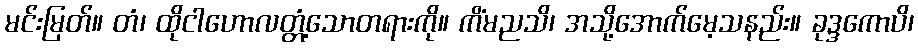
မင်းမြတ်။ တံ၊ ထိုငါဟောလတ္တံ့သောတရားကို။ ကိံမညသိ၊ အသို့အောက်မေ့သနည်း။ ခုဒ္ဒကောပိ၊